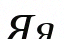
Яя